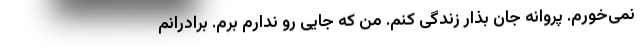
نمی‌خورم. پروانه جان بذار زندگی کنم. من که جایی رو ندارم برم. برادرانم